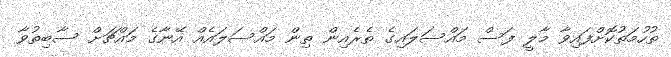
ތުހުމަތުކޮށްފައިވާ މާލީ ފަސް މައްސަލައިގެ ތެރެއިން ތިން މައްސަލައެއް އޭނާގެ މައްޗަށް ސާބިތުވާ